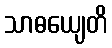
သာဓယျေတိ